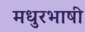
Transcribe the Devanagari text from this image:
मधुरभाषी